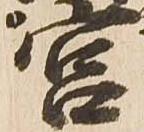
宮